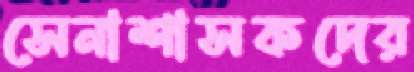
সেনাশাসকদের